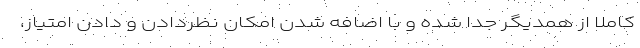
کاملا از همدیگر جدا شده و با اضافه شدن امکان نظردادن و دادن امتیاز،